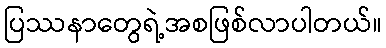
ပြဿနာတွေရဲ့အစဖြစ်လာပါတယ်။